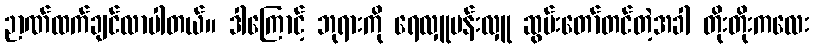
ဉာဏ်ထက်ချင်လာပါတယ်။ ဒါကြောင့် ဘုရားကို ရေလှူပန်းလှူ ဆွမ်းတော်တင်တဲ့အခါ တိုးတိုးကလေး